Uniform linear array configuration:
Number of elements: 12
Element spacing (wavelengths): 0.75
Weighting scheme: binomial
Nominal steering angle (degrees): -45
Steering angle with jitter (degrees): -44.599
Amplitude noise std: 0.05
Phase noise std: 0.05

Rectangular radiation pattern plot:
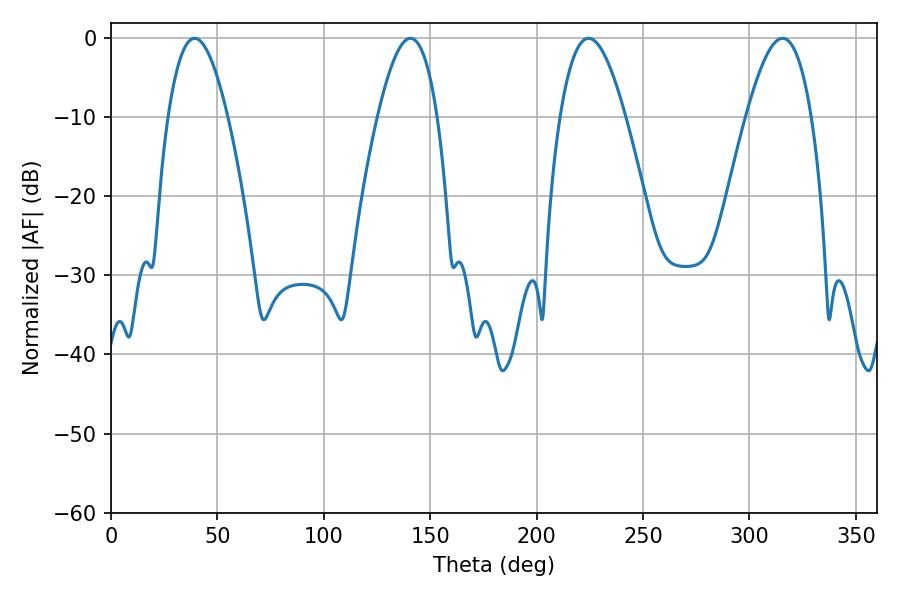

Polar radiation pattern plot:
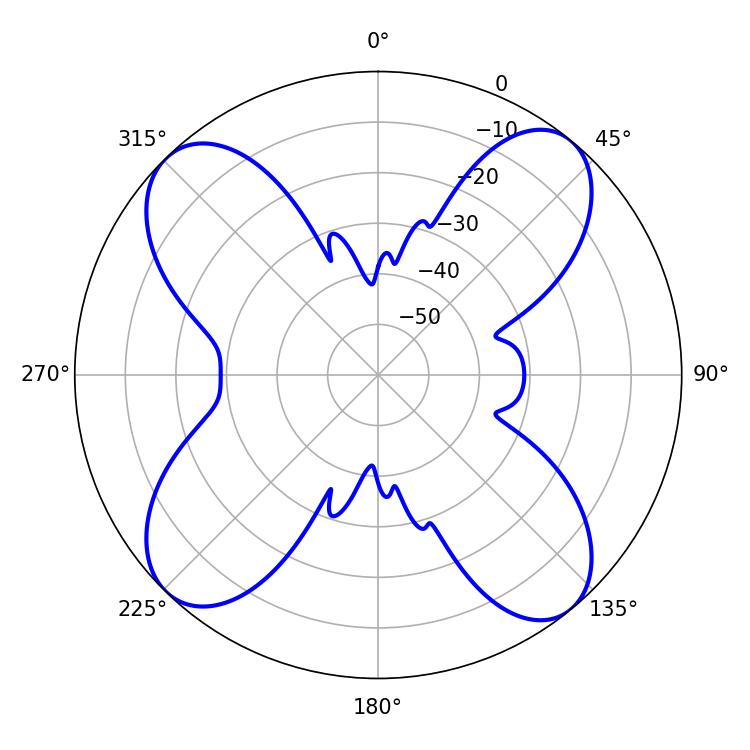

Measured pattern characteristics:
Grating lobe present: TRUE
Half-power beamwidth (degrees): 16.56
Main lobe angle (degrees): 224.46